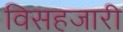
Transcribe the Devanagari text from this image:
विसहजारी